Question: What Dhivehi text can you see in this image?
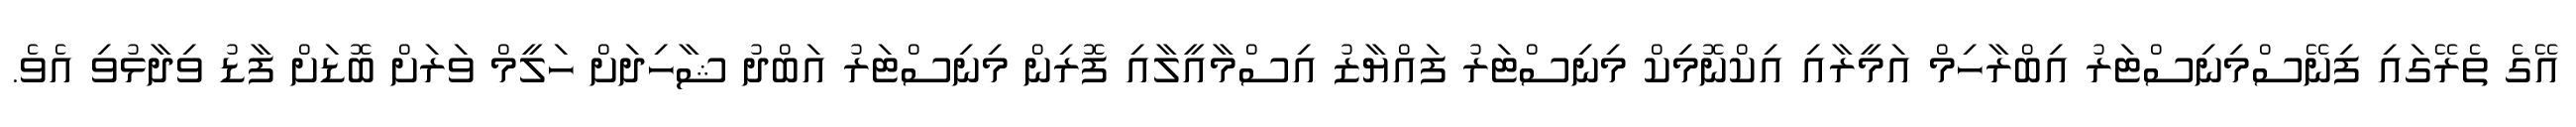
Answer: އޭގެ ތެރޭގައި ފިނޭސްމިނިސްޓަރު އިބްރާހިމް އަމީރާއި އިކްނޮމިކް މިނިސްޓަރު ފައްޔާޒު އިސްމާއީލާއި ފޮރިން މިނިސްޓަރު އަބްދު ޝާހިދަށް ހަލީމް ވަރަށް ބޮޑަށް ފާޑު ވިދާޅުވި އެވެ.